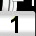
Digit: 1